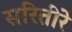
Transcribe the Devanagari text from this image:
सरितीरे